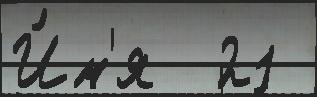
И́м'я  21